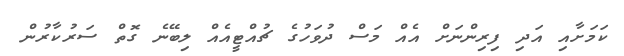
ކަމަށާއި އަދި ފިރިންނަށް އެއް މަސް ދުވަހުގެ ޗުއްޓީއެއް ލިބޭނެ ގޮތް ސަރުކާރުން